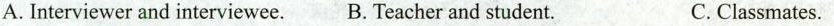
A. Interviewer and interviewee.B. Teacher and student. C. Classmates.